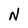
Character: N